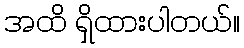
အထိ ရှိထားပါတယ်။